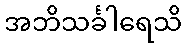
အဘိသင်္ခါရေသိ